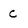
Character: C